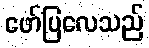
ဖော်ပြလေသည်